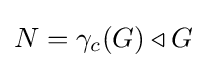
N=\gamma _{c}(G)\triangleleft G